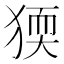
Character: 𤟦